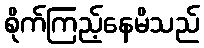
စိုက်ကြည့်နေမိသည်